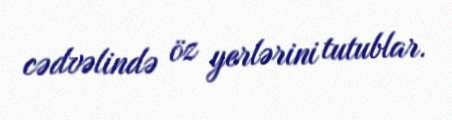
cədvəlində öz yerlərini tutublar.